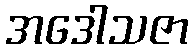
အဒေါသဇာ